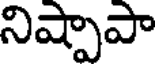
నిష్పాపా